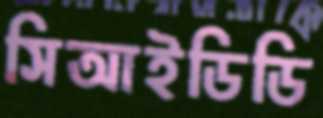
সিআইডিডি